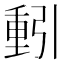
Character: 𮡕